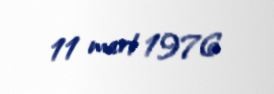
11 mart 1976